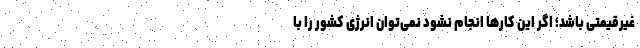
غیرقیمتی باشد؛ اگر این کارها انجام نشود نمی‌توان انرژی کشور را با